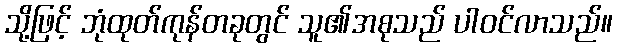
သို့ဖြင့် ဘုံထုတ်ကုန်တခုတွင် သူ၏အစုသည် ပါဝင်လာသည်။